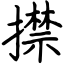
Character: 㩒